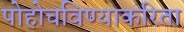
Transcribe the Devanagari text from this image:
पोहोचविण्याकरिता